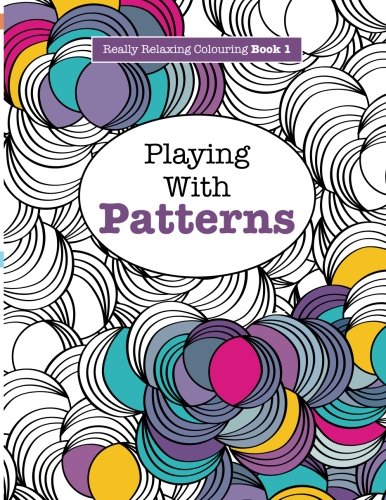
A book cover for Really RELAXING Colouring Book 1: Playing with Patterns (Really RELAXING Colouring Books) (Volume 1); Elizabeth James; Health, Fitness & Dieting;